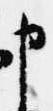
申